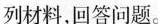
列材料，回答问题。